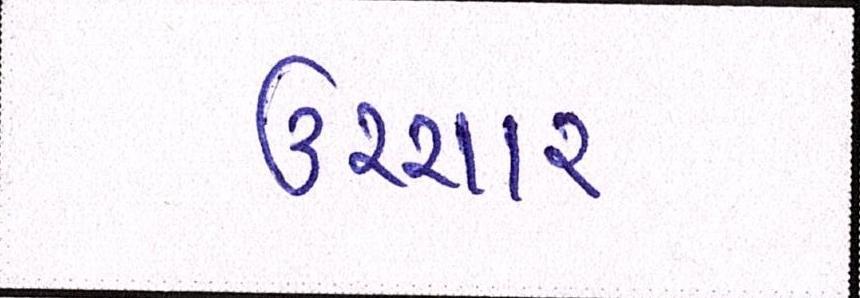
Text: ઉચ્ચાર